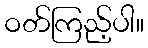
ဝတ်ကြည့်ပါ။